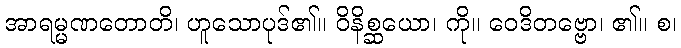
အာရမ္မဏတောတိ၊ ဟူသောပုဒ်၏။ ဝိနိစ္ဆယော၊ ကို။ ဝေဒိတဗ္ဗော၊ ၏။ စ၊